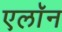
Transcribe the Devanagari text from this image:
एलाॅन